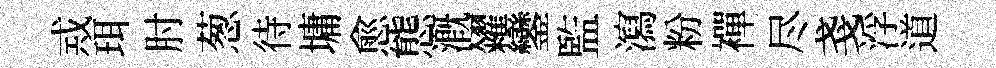
𢦶珥肘葱待墉愈態溉糴鑾監瀉粉襌尽戔浮道